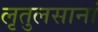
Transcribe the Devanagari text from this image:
लृतुलसानां